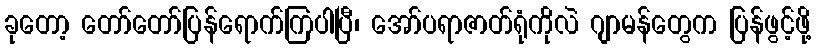
ခုတော့ တော်တော်ပြန်ရောက်ကြပါပြီ၊ အော်ပရာဇာတ်ရုံကိုလဲ ဂျာမန်တွေက ပြန်ဖွင့်ဖို့